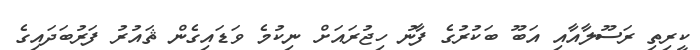
ކީރިތި ރަސޫލާއާއި އަބޫ ބަކުރުގެ ފާނު ހިޖުރައަށް ނިކުމެ ވަޑައިގެން ޘައުރު ފަރުބަދައިގެ